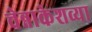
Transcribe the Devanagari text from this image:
चेन्नाकेशव्या